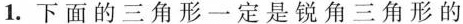
1.下面的三角形一定是锐角三角形的